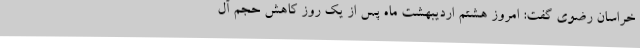
خراسان رضوی گفت: امروز هشتم اردیبهشت ماه پس از یک روز کاهش حجم آل